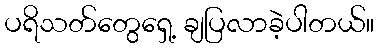
ပရိသတ်တွေရှေ့ ချပြလာခဲ့ပါတယ်။